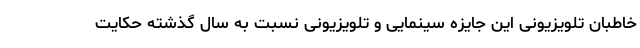
خاطبان تلویزیونی این جایزه سینمایی و تلویزیونی نسبت به سال گذشته حکایت